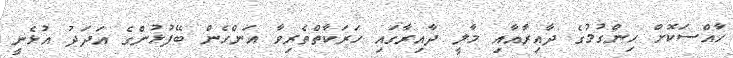
ހާއްސަކޮށް ހިންގުމުގެ ދާއިރާއާއި މާލީ ދާއިރާގައި ހަރަކާތްތެރިވާ އަންހެން ބޭފުޅުންގެ އަދަދު އުޅެނީ